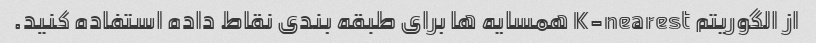
از الگوریتم K-nearest همسایه ها برای طبقه بندی نقاط داده استفاده کنید.